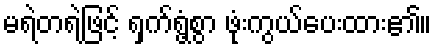
မရဲတရဲဖြင့် ရှက်ရွံ့စွာ ဖုံးကွယ်ပေးထား၏။